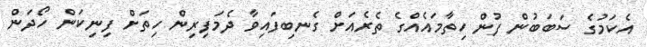
އެކަމުގެ ސަބަބުން ފުން ހިތާމައެއްގެ ތެރެއަށް ގެނބިފައިވާ ދެމަފިރިން ހިތަށް ފިނިކަން ހޯދަން